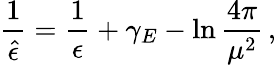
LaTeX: {\frac{1}{\hat{\epsilon}}}={\frac{1}{\epsilon}}+\gamma_{E}-\ln{\frac{4\pi}{\mu^{2}}}\, ,